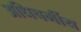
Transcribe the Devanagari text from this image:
अधिचर्मीय